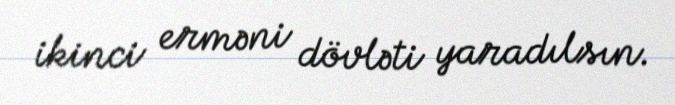
ikinci erməni dövləti yaradılsın.